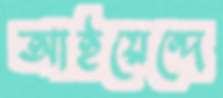
আইয়েন্দে